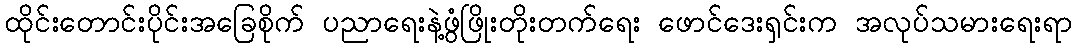
ထိုင်းတောင်းပိုင်းအခြေစိုက် ပညာရေးနဲ့ဖွံဖြိုးတိုးတက်ရေး ဖောင်ဒေးရှင်းက အလုပ်သမားရေးရာ